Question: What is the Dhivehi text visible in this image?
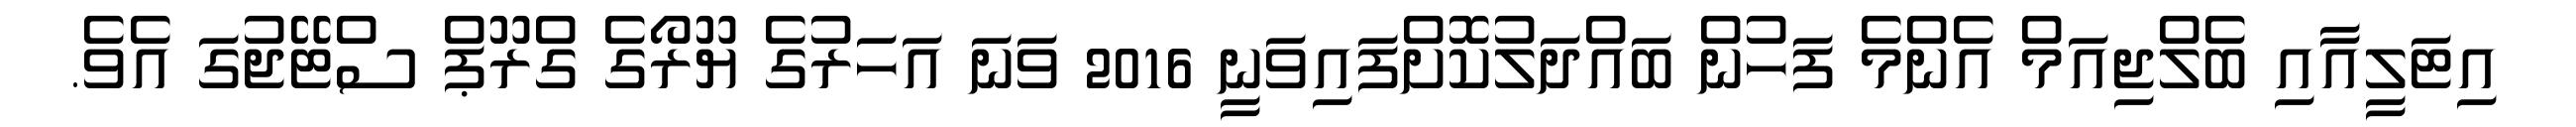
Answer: އިޓަލީއާއި ބެލްޖިއަމް އެންމެ ފަހުން ބައްދަލުކޮށްފައިވަނީ 2016 ވަނަ އަހަރުގެ ޔޫރޯގެ ގްރޫޕް ސްޓޭޖުގަ އެވެ.